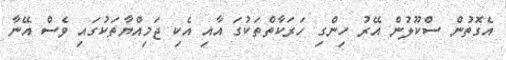
އެގޮތުން ސްކޫލުން އޭރު ހިންގި ހަރަކާތްތަކުގަ އާއި އެކި ޖަމިއްޔާތަކުގައި ވެސް އޭނާ